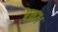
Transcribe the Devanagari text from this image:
प्रभा।